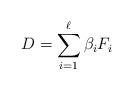
LaTeX: \begin{align*}D = \sum_{i=1}^\ell \beta_i F_i\end{align*}